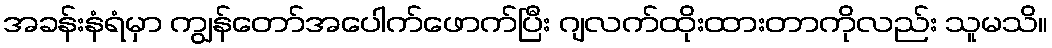
အခန်းနံရံမှာ ကျွန်တော်အပေါက်ဖောက်ပြီး ဂျလက်ထိုးထားတာကိုလည်း သူမသိ။